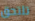
تلتحق